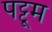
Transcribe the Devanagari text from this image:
पट्टूम